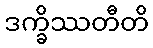
ဒက္ခိဿတီတိ